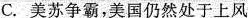
C.美苏争霸，美国仍然处于上风